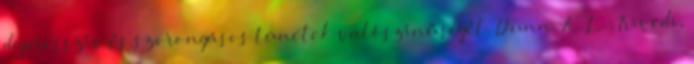
depresszív és szorongásos tünetek valószínűségét. Dunn, A. L.; Trivedi,